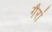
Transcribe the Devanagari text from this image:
गैरां